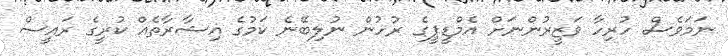
ނަމަވެސް ހުރިހާ ވަޒީރުންނަށް އެމްޑީޕީގެ ރުހުން ނުލިބޭނެ ކަމުގެ އިޝާރާތެއް ކުރީގެ ރައީސް